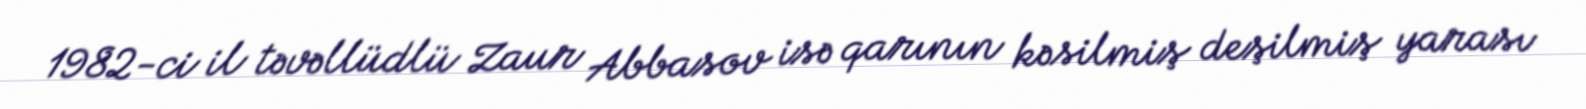
1982-ci il təvəllüdlü Zaur Abbasov isə qarının kəsilmiş deşilmiş yarası